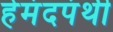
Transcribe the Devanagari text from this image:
हेमंदपंथी